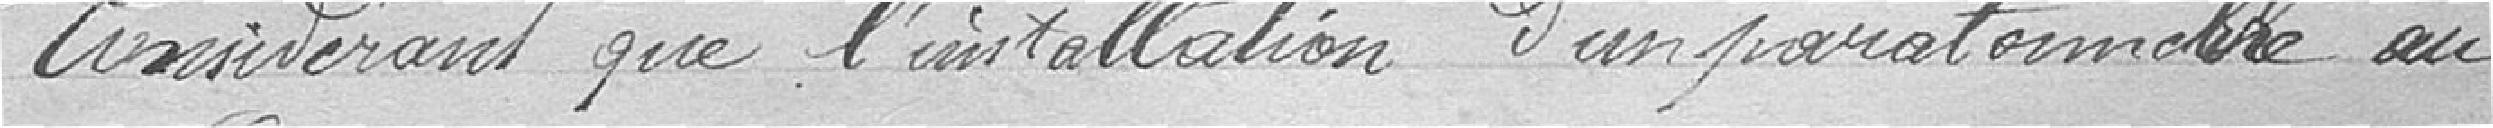
Considérant que l'installation d'un paratonnerre au